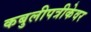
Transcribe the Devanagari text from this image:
कबुलीपत्रीकेवर